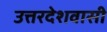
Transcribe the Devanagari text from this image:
उत्तरदेशवासी